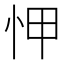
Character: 𢘉